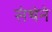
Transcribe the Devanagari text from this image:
संथेने